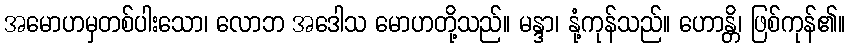
အမောဟမှတစ်ပါးသော၊ လောဘ အဒေါသ မောဟတို့သည်။ မန္ဒာ၊ နုံ့ကုန်သည်။ ဟောန္တိ၊ ဖြစ်ကုန်၏။